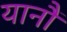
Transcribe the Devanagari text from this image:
यानौं